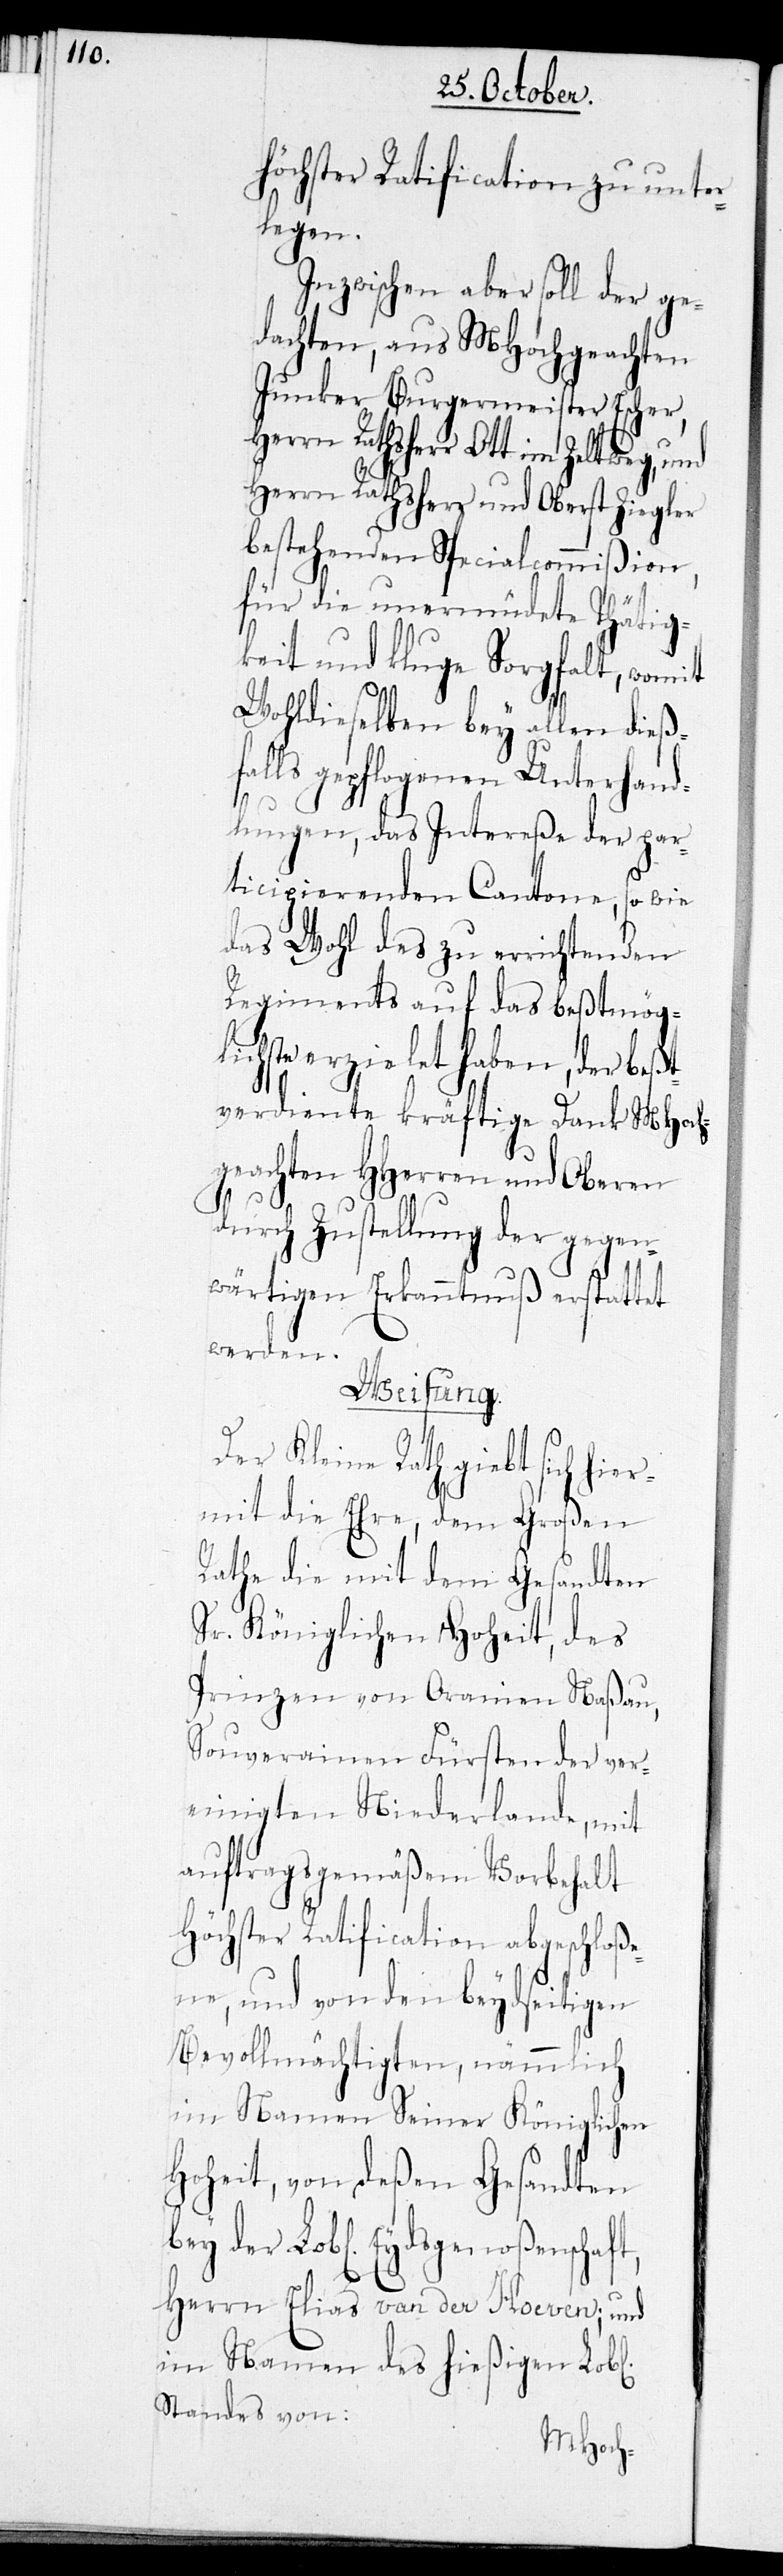
höchster Ratification zu unter¬
legen.
Inzwischen aber soll der ge¬
dachten, aus MHochgeachten
Junker Burgermeister Escher,
Herrn Rathsherr Ott im Zeltweg,
Herrn Rathsherr und Oberst Ziegler
bestehenden Specialcommißion
für die unermüdete Thätig¬
keit und kluge Sorgfalt, womit
Wohldieselben bey allen dieß¬
falls gepflogenen Unterhand¬
lungen, das Intereße der par¬
ticipierenden Cantone, so wie
das Wohl des zu errichtenden
Regiments auf das Beßtmög¬
lichste erzielet haben, der beßt¬
verdiente kräftige Dank MHoch¬
geachten HHerren und Oberen
durch Zustellung der gegen¬
wärtigen Erkanntnuß erstattet
werden.
Weisung.
Der Kleine Rath giebt sich hie¬
rmit die Ehre, dem Großen
Rathe die mit dem Gesandten
Sr. Königlichen Hoheit, des
Prinzen von Oranien Naßau,
Souverainen Fürsten der ver¬
einigten Niederlande, mit
auftragsmäßigem Vorbehalt
Höchster Ratification abgeschloße¬
ne, und von den beydseitigen
Bevollmächtigten, nämmlich
im Namen Seiner Königlichen
Hoheit, von deßen Gesandten
bey der Lobl. Eydsgenoßenschaft,
Herrn Elias van der Hoeven, und
im Namen des hießigen Lobl.
Standes von: